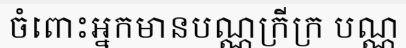
ចំពោះអ្នកមានបណ្ណក្រីក្រ បណ្ណ